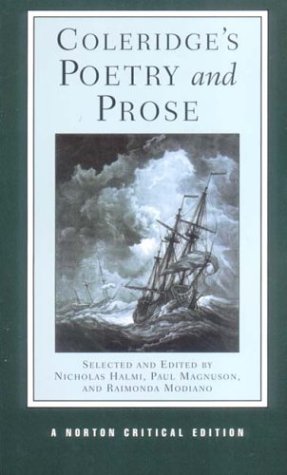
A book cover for Coleridge's Poetry and Prose (Norton Critical Editions); Samuel Taylor Coleridge; Literature & Fiction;